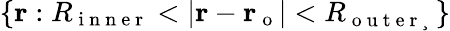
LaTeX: \{ \mathbf{r}:R_{\mathrm{~i~n~n~e~r~}}<|\mathbf{r}-\mathbf{r_{\mathrm{~o~}}}|<R_{\mathrm{~o~u~t~e~r~}¸}\}